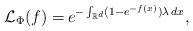
LaTeX: \begin{align*}\mathcal{L}_{\Phi} (f) = & \,e^{- \int_{\mathbb{R}^d} (1-e^{-f(x)}) \lambda \, dx},\end{align*}